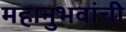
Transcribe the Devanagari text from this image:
महानुभवांची